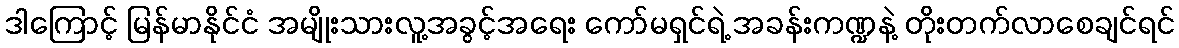
ဒါကြောင့် မြန်မာနိုင်ငံ အမျိုးသားလူ့အခွင့်အရေး ကော်မရှင်ရဲ့ အခန်းကဏ္ဍနဲ့ တိုးတက်လာစေချင်ရင်